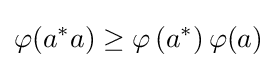
\varphi (a^{*}a)\geq \varphi \left(a^{*}\right)\varphi (a)